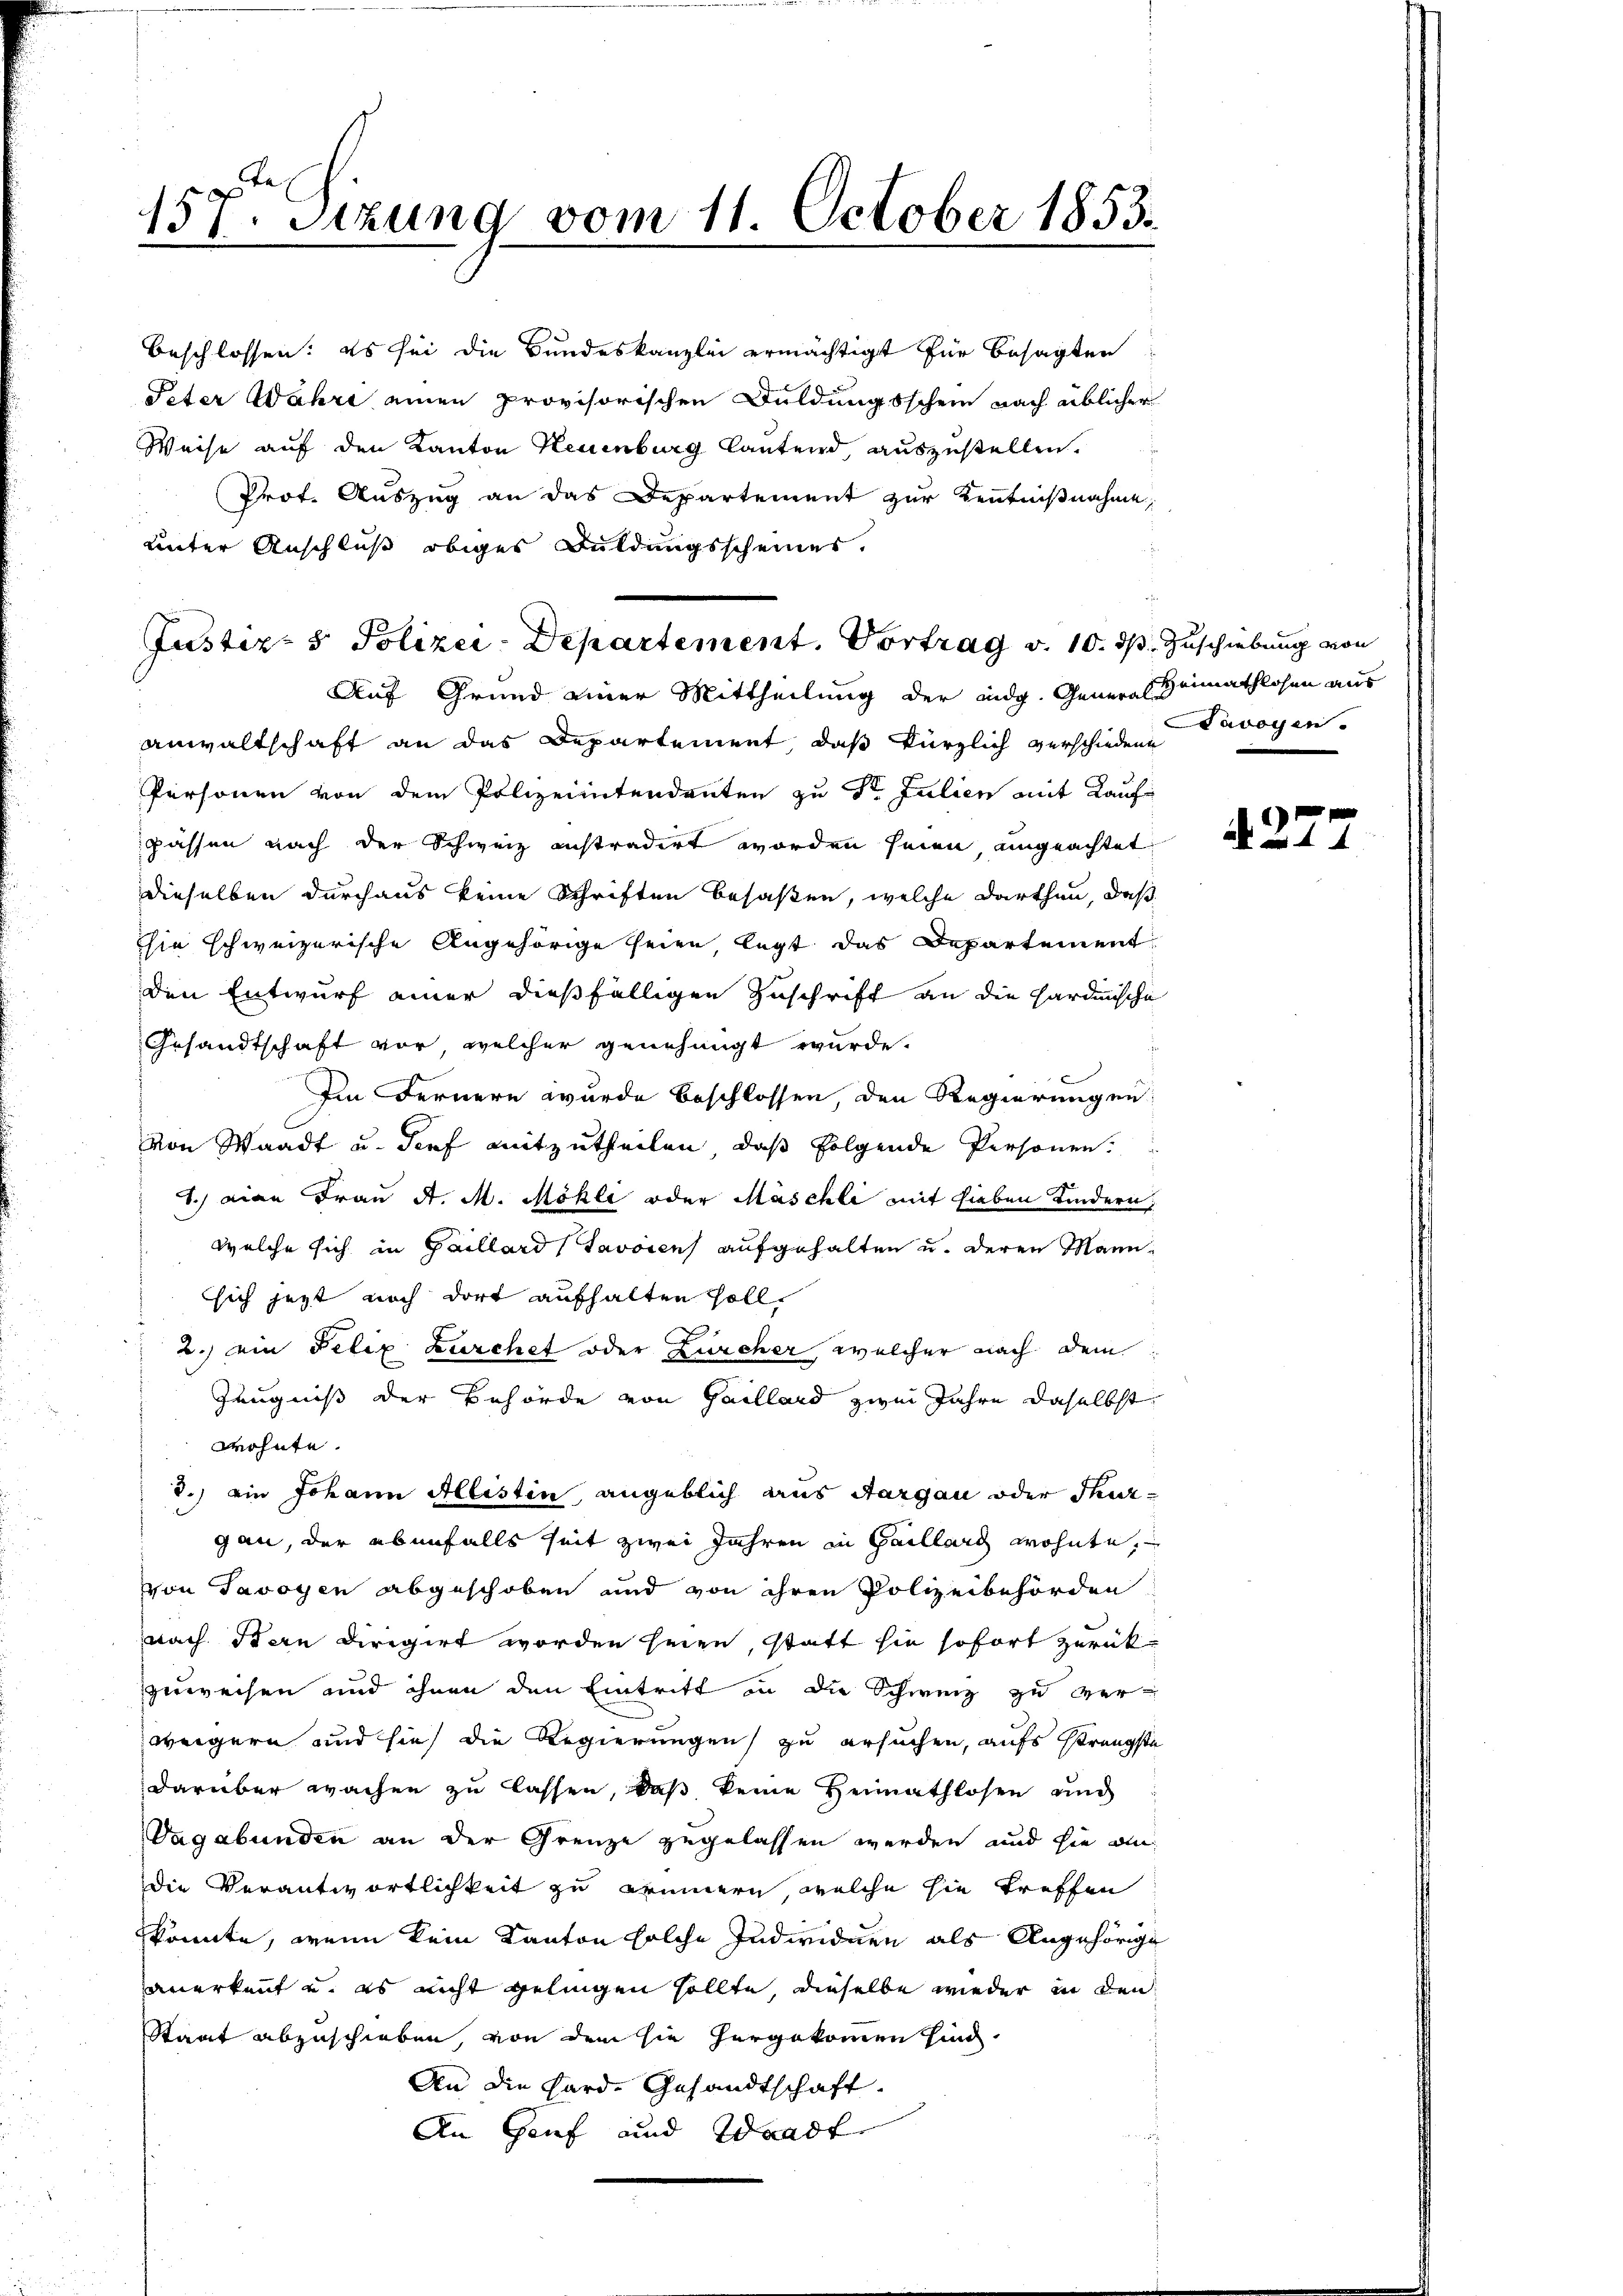
157. Sitzung vom 11. October 1853.
.

unter Anschluß obiger Duldungsscheiner.
Auf Grund einer Mittheilung der eidg. General Heimathlosen aus
Anwaltschaft an das Departement, daß kürzlich verschiedene
Personen von dem Polizeiintendanten zu St. Julien mit Laufe
passen nach der Schweiz instradirt worden seien ungeachtet
dieselben durchaus keine Schriften besaßen, welche darthan, daß
sie schweizerische Angehörige seien legt das Departement
den Entwurf einer dießfälligen Zuschrift an die Hardinische
Gesandtschaft vor, welcher genehmigt wurde.
Im Fernern wurde beschlossen, den Regierungen
von Waadt u. Torf mitzutheilen, daß folgende Personen.
1.) Die Frau A. M. Möhli oder Maschli mit sieben Kindern,
welche sich in Gaillard (Javoren aufgehalten u. deren Mannsich jetzt noch dort aufhalten soll,
2.) ein Felix Zürchet oder Zürcher, welcher nach dem
Zeugniß der Behörde von Gaillard zwei Jahre daselbst
wohnte.
8.) ein Johann Altistin, angeblich aus Aargau oder Thurgan, der ebenfalls seit zwei Jahren in Gaillard wohnte,
von Savoyen abgeschoben und von ihren Polizeibehörden
nach Bern Diregirt worden seien, statt sie sofort zurückzuweisen und ihnen den Eintritt in die Schweiz zu verweigern und sie die Regierungen zu ersuchen, aufs strengste
darüber wachen zu lassen, daß keine Heimathlosen und
Vagabunden an der Grenze zugelassen werden und sie an
die Verantwortlichkeit zu erinnern, welche sie treffen
könnte, wenn kein Kanton solche Individuen als Angehörige
anerkauf u. es nicht gelingen sollte, dieselbe wieder in den
Staat abzuschieben, von dem sie hergekommen hing
An die Hard-Gesandtschaft.
An Genf und Waadt

Beschlossen: es sei die Bundeskanzlei ermächtigt für besagten
Peter Wahrt einen provisorischen Duldungsschein nach üblicher
Weise auf den Kanton Neuenburg lautend, auszustellen.
Prot. Auszug an das Departement zur Kenntnißnahme,

Justiz- & Polizei-Departement. Vortrag v. 10. ds. Zuschiebung von

Savoyen.

4. 27.